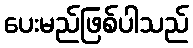
ပေးမည်ဖြစ်ပါသည်